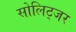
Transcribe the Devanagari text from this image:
सोलिट्जर